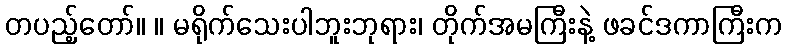
တပည့်တော်။ ။ မရိုက်သေးပါဘူးဘုရား၊ တိုက်အမကြီးနဲ့ ဖခင်ဒကာကြီးက